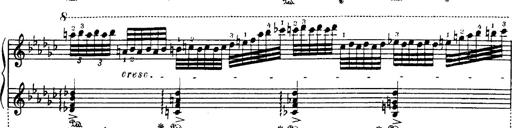
Title: Danza sacra e duetto finale dâ€™Aida
Composer: Franz Liszt